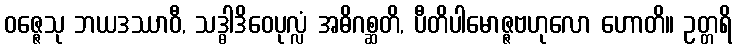
ဝဇ္ဇေသု ဘယဒဿာဝီ, သဒ္ဓါဒိဝေပုလ္လံ အဓိဂစ္ဆတိ, ပီတိပါမောဇ္ဇဗဟုလော ဟောတိ။ ဥတ္တရိ